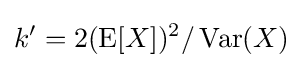
k'=2(\operatorname {E} [X])^{2}/\operatorname {Var} (X)